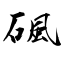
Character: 碸